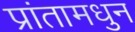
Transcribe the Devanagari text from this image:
प्रांतामधुन